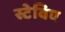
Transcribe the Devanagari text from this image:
स्टेविए